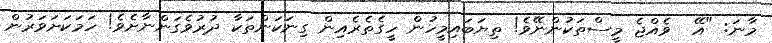
މާނަ: "އޭ  ވެއްޖެ މީސްތަކުންނޭވެ! ތިޔަބައިމީހުން ހީގެތެރެއިން ގިނަކަންތަކާ ދުރުވެގަންނާށެވެ! ހަމަކަށަވަރުން